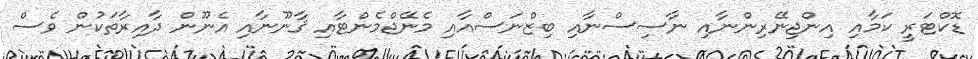
ޑޮކްޓަރީ ކަމާއި އިންޖިނޭރިންނާއި ނާސިސްނާއި ބިޒްނަސްއާއި މެނޭޖްމެންޓާއި ޤާނޫނާއި އެނޫން ދާއިރާތަކުން ވެސް